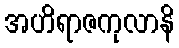
အဟိရာဇကုလာနိ